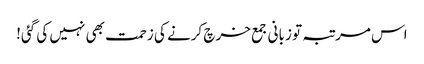
اس مرتبہ تو زبانی جمع خرچ کرنے کی زحمت بھی نہیں کی گئی!